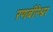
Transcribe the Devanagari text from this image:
रणबीरेश्वर